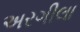
અરગીલા